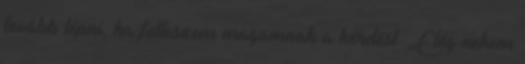
tovább lépni, ha felteszem magamnak a kérdést: „Elég nekem